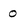
Character: 0